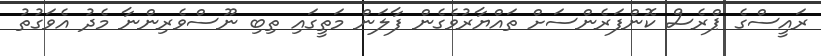
ރައީސްގެ ޕްރެސް ކޮންފަރެންސަށް ތައްޔާރުވެގެން ފާލަން މަތީގައި ތިބި ނޫސްވެރިންނާ މެދު އެވަގުތު